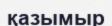
қазымыр